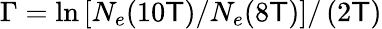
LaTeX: \Gamma=\ln{\left[N_{e}(10\mathsf{T})/N_{e}(8\mathsf{T})\right]}/\left(2\mathsf{T}\right)